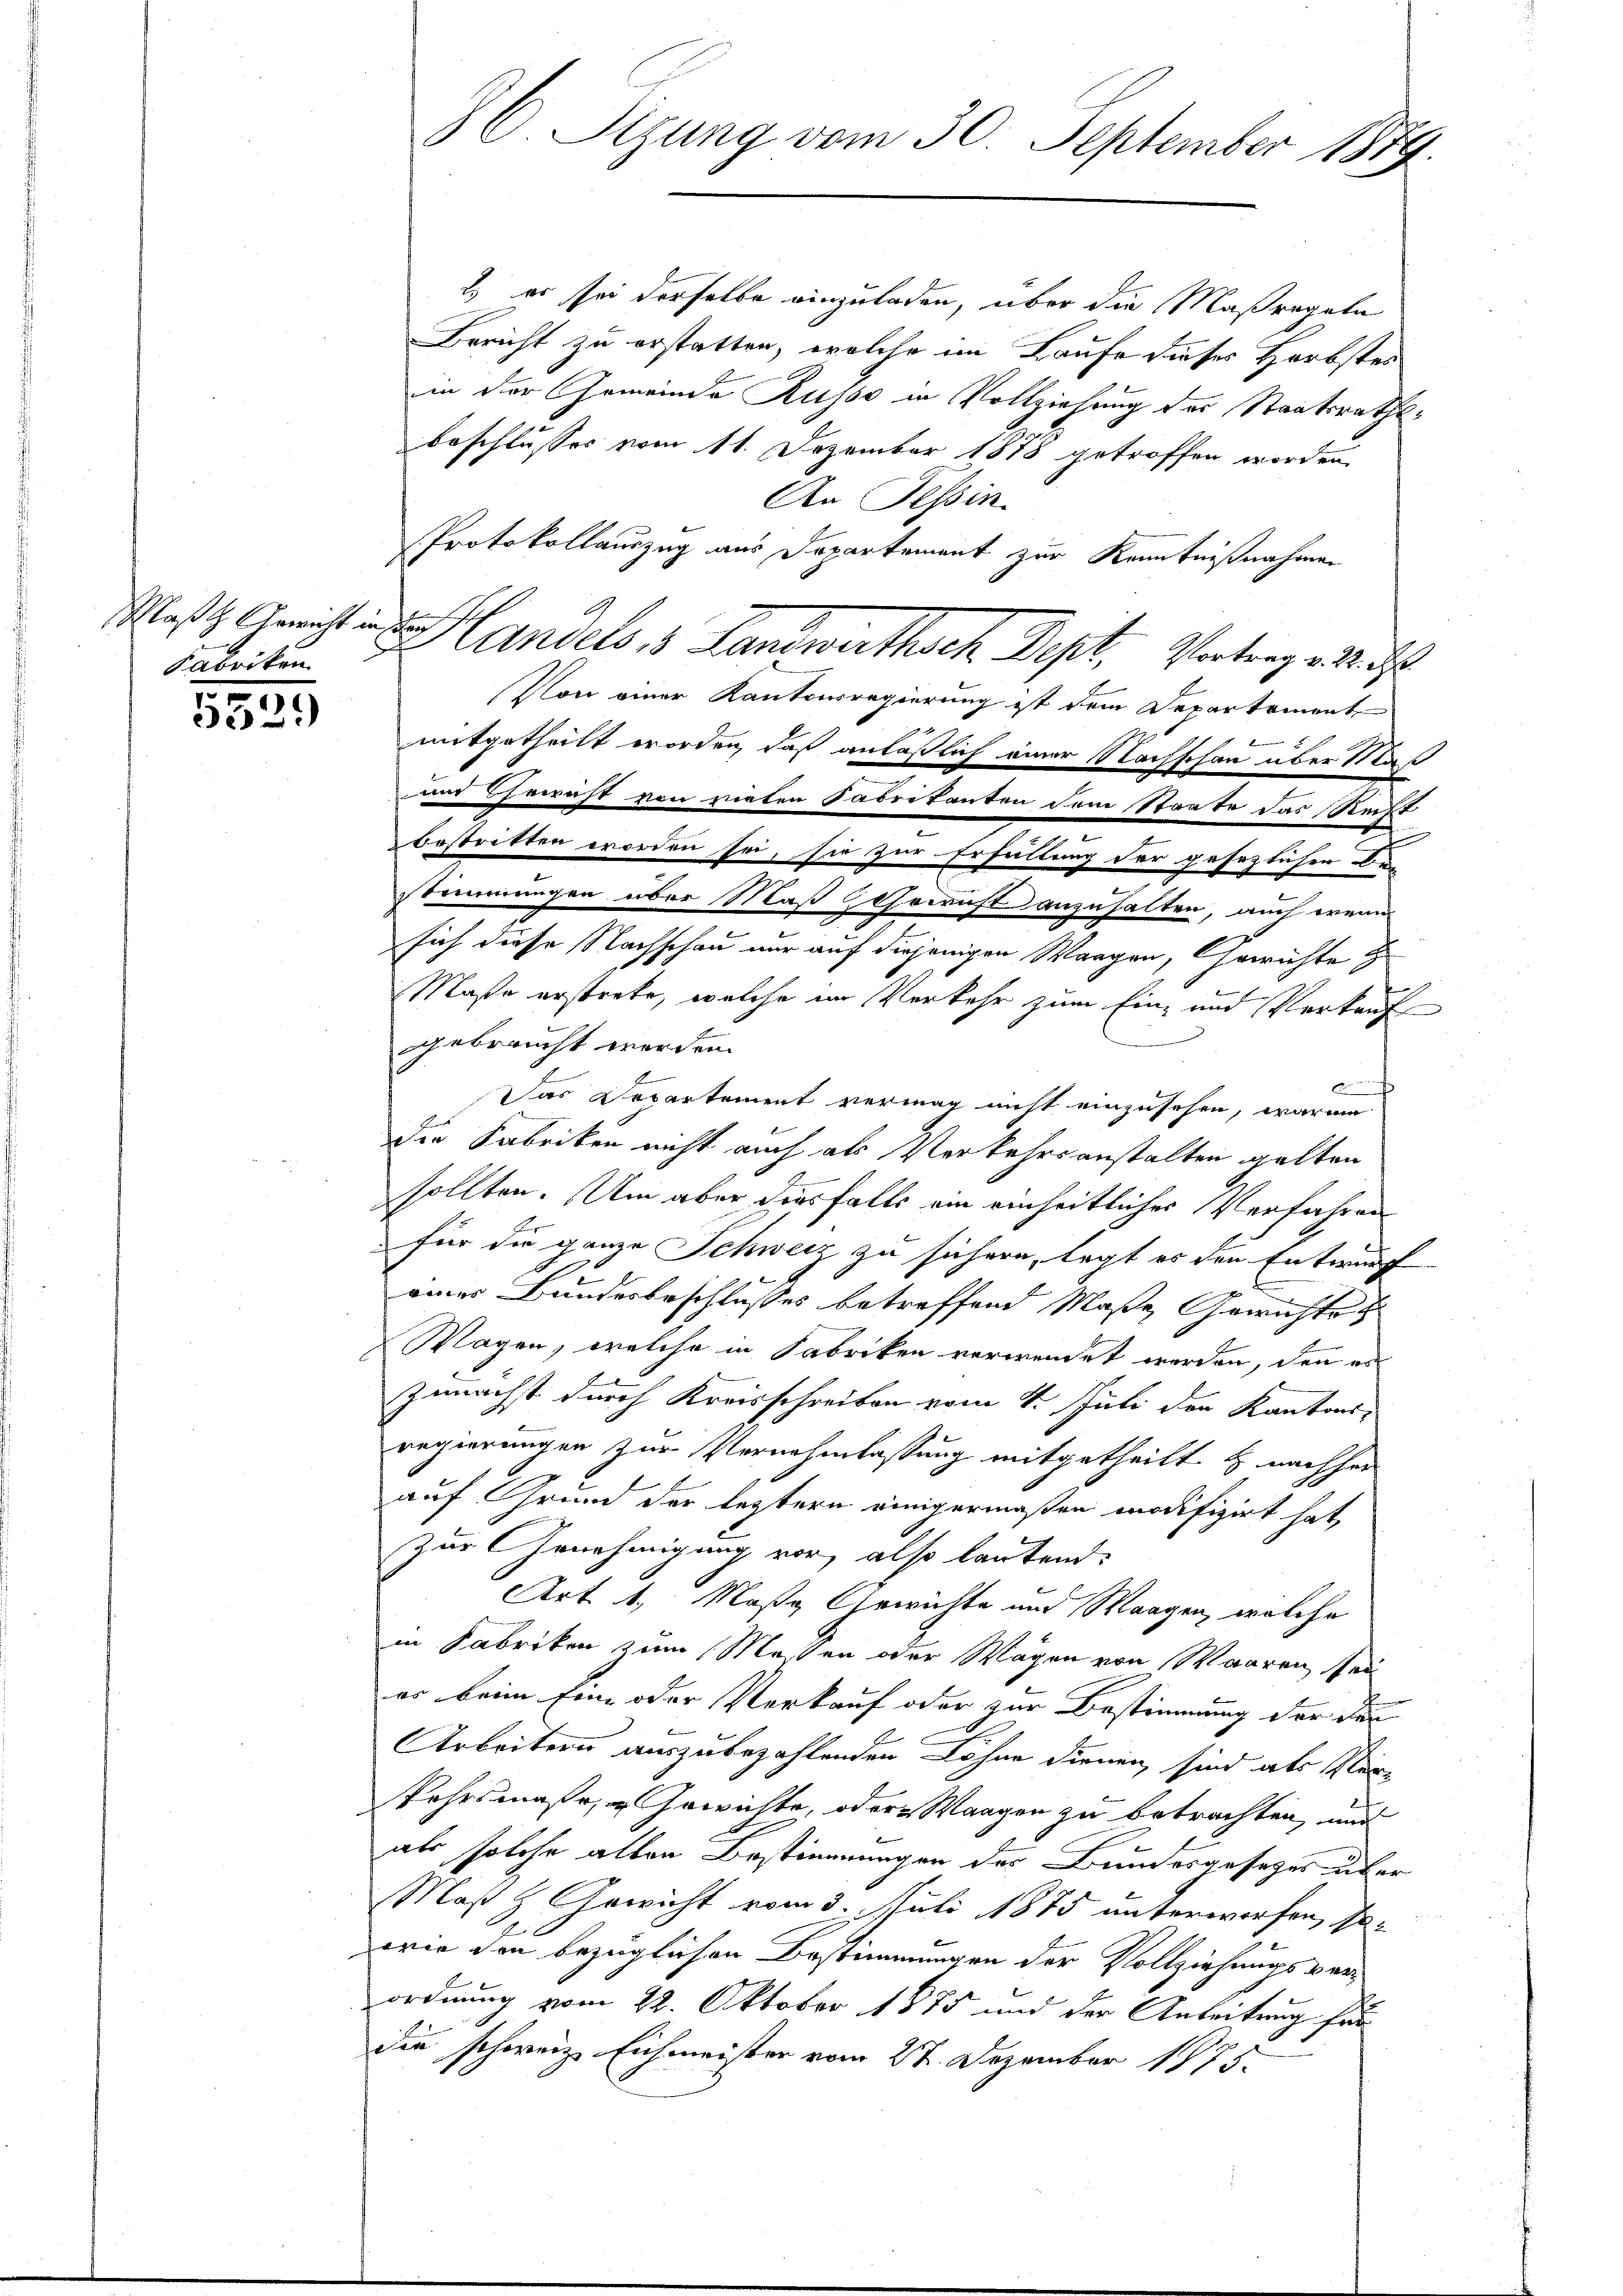
Fabriken.

)
353

2.) es sei derselbe einzuladen, über die Maßregate
Bericht zu erstatten, welche im Laufe dieses Herbstes
in der Gemeinde Russe in Vollziehung des Staatsrathsbeschlusses vom 11. Dezember 1878 getroffen worden.
An Tessin.
Protokollauszug aus Departement zur Kenntnißnahmen
Maßt. Gericht in andels, 3 Landwirthsch Dept, Vertrag v. M.
Von einer Kantonsregierung ist dem Departement
mitgetheilt worden, daß anläßlich einer Nachschon über Mas
und Terricht von zuaten Sabrikanten dem Staate das Recht
bestritten worden sei, sie zur Erfüllung der gesezlicher Ber
stimmungen über Maß Corruft anzuhalten, auch wenn
sich diese Nachschau nur auf diejenigen Wangen, Gerichte z
Maße erstrete, welche im Verkehr zum Ein- und Verkauf
gebraucht werden.
c
Das Departement vermag nicht einzusehen, warum
die Fabriken nicht auch als Verkehrsanstalten gelten
sollten. Um aber diesfalls ein einheitlicher Verfahren
für die ganze Schweiz zu sichern, legt es den Entwurf
2
einer Bundesbeschlusses betreffend Maße, Gewichte
Wagen, welche in Fabriken verwendet werden, den es
zunächst durch Kreisschreiben vom 4. Juli der Kantons,
regierungen zur Vernehmlassung mitgetheilt & nachher
auf Grund der letztern einigermaßen modifizirt hat,
Zur Genehmigung vor, also lautend:
Art. 4. Maße Gewichte und Waagen, welche
in Fabriken zum Massen oder Wagen von Waaren sei
er beim Eine oder Verkauf oder zur Bestimmung der den
Arbeitern auszubezahlenden Löhne dienen, sind als Ver¬
Kehrsmaße, Gewichte, oder Wangen zu betrachten, und
als solche alten Bestimmungen des Bundesgesetzes über
Maß z. Gewicht vom 3. Juli 1875 unterworfen, so
wie den bezüglichen Bestimmungen der Vollziehungsverordnung vom 22. Oktober 1875 und der Anleitung für
die schweiz. Eichmeister vom 27. Dezember 1875.

C. Sizung vom 30. September 1889.